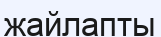
жайлапты